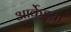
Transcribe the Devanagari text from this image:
आर्केइया